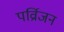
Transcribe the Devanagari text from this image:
पर्व्रािजन